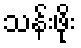
သန်းဖိုး